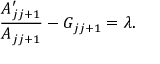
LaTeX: { \frac { A \sp \prime _ { j j + 1 } } { A _ { j j + 1 } } } - G _ { j j + 1 } = \lambda .